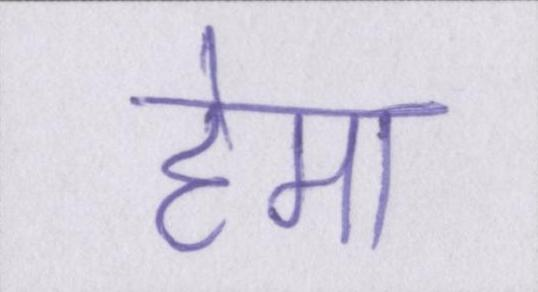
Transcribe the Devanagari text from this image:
हेमा